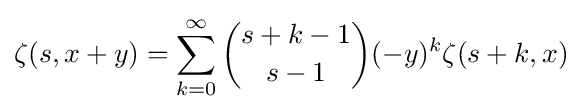
\zeta (s,x+y)=\sum _{k=0}^{\infty }{s+k-1 \choose s-1}(-y)^{k}\zeta (s+k,x)